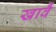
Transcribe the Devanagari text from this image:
खावैं